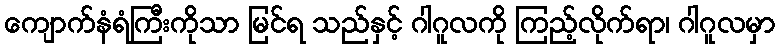
ကျောက်နံရံကြီးကိုသာ မြင်ရ သည်နှင့် ဂါဂူလကို ကြည့်လိုက်ရာ၊ ဂါဂူလမှာ